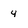
Character: 4